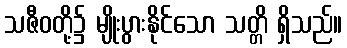
သဇီဝတို့၌ မျိုးပွားနိုင်သော သတ္တိ ရှိသည်။